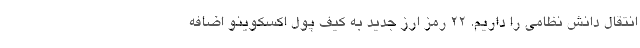
انتقال دانش نظامی را داریم. 22 رمز ارز جدید به کیف پول اکسکوینو اضافه